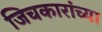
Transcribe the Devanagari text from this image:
जिचकारांच्या